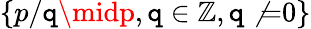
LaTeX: \{ p/\mathtt{q}\midp,\mathtt{q}\in\mathbb{{Z}},\mathtt{q}\not{=}0\}